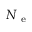
\ensuremath { N _ { \mathrm { ~ e ~ } } }